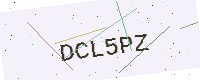
Text: DCL5PZ